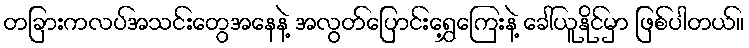
တခြားကလပ်အသင်းတွေအနေနဲ့ အလွတ်ပြောင်းရွှေ့ကြေးနဲ့ ခေါ်ယူနိုင်မှာ ဖြစ်ပါတယ်။